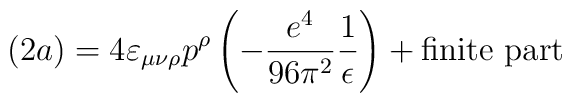
(2a) = 4 \varepsilon_{\mu\nu\rho} p^\rho\left(-\frac{e^4}{96\pi^2}\frac{1}{\epsilon}\right) + \mbox{finite part}